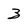
Character: 3